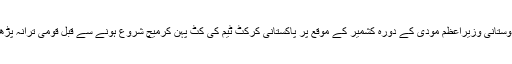
واضح رہے کہ 2اپریل کو کشمیری کرکٹرز نے ہندوستانی وزیراعظم مودی کے دورہ کشمیر کے موقع پر پاکستانی کرکٹ ٹیم کی کٹ پہن کرمیچ شروع ہونے سے قبل قومی ترانہ پڑھا تھا جس کی ویڈیو سوشل میڈیا پر وائرل ہوئی تھی۔